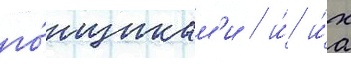
го́нщикам'и / и́ и́х